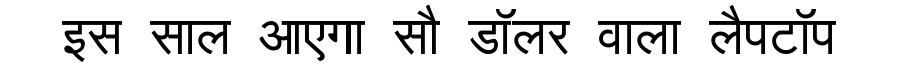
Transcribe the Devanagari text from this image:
इस साल आएगा सौ डॉलर वाला लैपटॉप